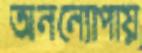
অনন্যোপায়